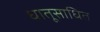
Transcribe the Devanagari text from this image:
धातूसाधित